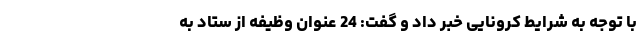
با توجه به شرایط کرونایی خبر داد و گفت: 24 عنوان وظیفه از ستاد به